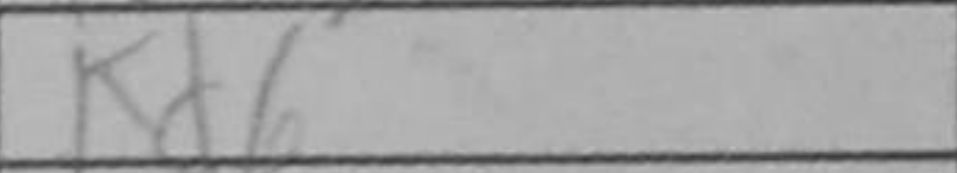
Transcription: Kd6